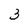
Character: 3